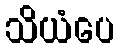
သိယံပေ